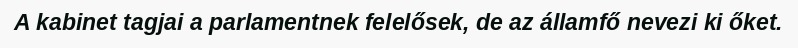
A kabinet tagjai a parlamentnek felelősek, de az államfő nevezi ki őket.